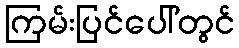
ကြမ်းပြင်ပေါ်တွင်